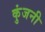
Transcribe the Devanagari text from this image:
कुंजनी